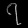
Digit: ၇